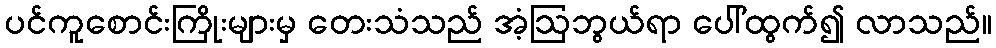
ပင်ကူစောင်းကြိုးများမှ တေးသံသည် အံ့ဩဘွယ်ရာ ပေါ်ထွက်၍ လာသည်။